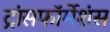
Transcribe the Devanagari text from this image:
ट्रांसफॉर्मेशंस